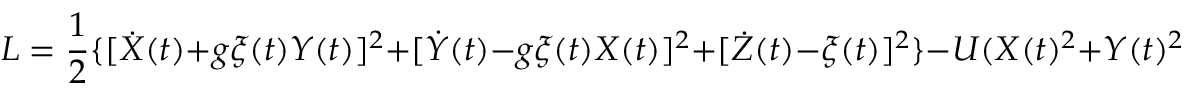
{ \cal L } = \frac { 1 } { 2 } \{ [ \dot { X } ( t ) + g \xi ( t ) Y ( t ) ] ^ { 2 } + [ \dot { Y } ( t ) - g \xi ( t ) X ( t ) ] ^ { 2 } + [ \dot { Z } ( t ) - \xi ( t ) ] ^ { 2 } \} - U ( X ( t ) ^ { 2 } + Y ( t ) ^ { 2 } )